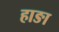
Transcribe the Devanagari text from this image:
हाङा